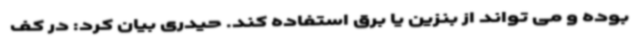
بوده و می تواند از بنزین یا برق استفاده کند. حیدری بیان کرد: در کف